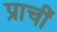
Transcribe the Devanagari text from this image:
प्राचीं